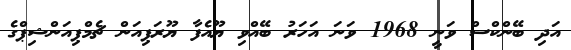
އަދި ބޭންކްސް ވަނީ 1968 ވަނަ އަހަރު ބޭއްވި ޔޫއެފާ ޔޫރަޕިއަން ޗެމްޕިއަންޝިޕްގެ